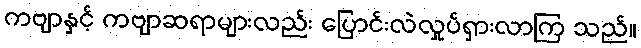
ကဗျာနှင့် ကဗျာဆရာများလည်း ပြောင်းလဲလှုပ်ရှားလာကြ သည်။